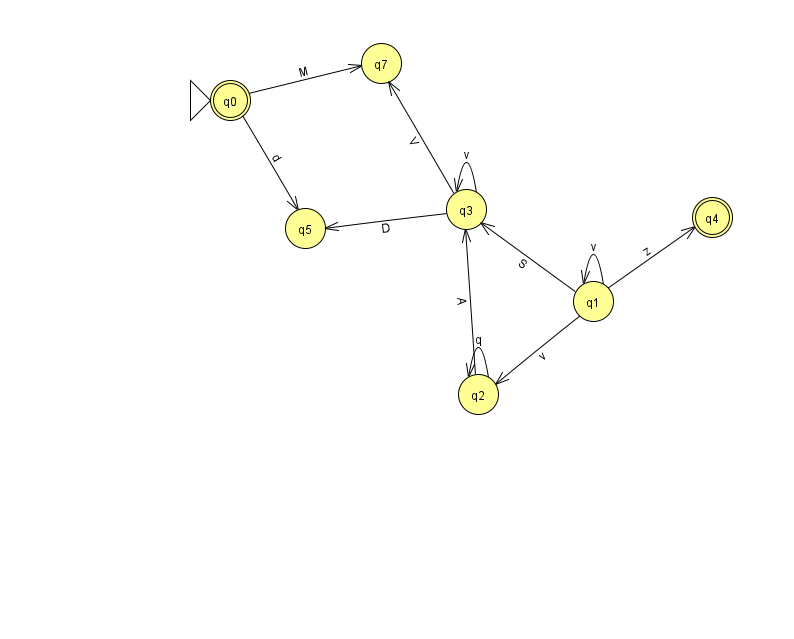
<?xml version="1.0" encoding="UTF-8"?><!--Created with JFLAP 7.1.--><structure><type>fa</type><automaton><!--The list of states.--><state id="0" name="q0"><x>230.0</x><y>87.0</y><initial/><final/></state><state id="1" name="q1"><x>593.0</x><y>288.0</y></state><state id="2" name="q2"><x>478.0</x><y>381.0</y></state><state id="3" name="q3"><x>466.0</x><y>196.0</y></state><state id="4" name="q4"><x>712.0</x><y>204.0</y><final/></state><state id="5" name="q5"><x>305.0</x><y>215.0</y></state><state id="7" name="q7"><x>381.0</x><y>50.0</y></state><!--The list of transitions.--><transition><from>2</from><to>3</to><read>A</read></transition><transition><from>1</from><to>4</to><read>z</read></transition><transition><from>2</from><to>2</to><read>q</read></transition><transition><from>3</from><to>5</to><read>D</read></transition><transition><from>1</from><to>1</to><read>v</read></transition><transition><from>3</from><to>3</to><read>v</read></transition><transition><from>0</from><to>5</to><read>d</read></transition><transition><from>3</from><to>7</to><read>V</read></transition><transition><from>1</from><to>3</to><read>S</read></transition><transition><from>1</from><to>2</to><read>v</read></transition><transition><from>0</from><to>7</to><read>M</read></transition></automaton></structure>